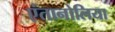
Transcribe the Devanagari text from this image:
एंतानोलिया